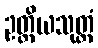
ဥတ္တိယသုတ္တံ